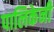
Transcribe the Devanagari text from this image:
पालिकेनी